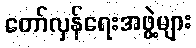
တော်လှန်ရေးအဖွဲ့များ